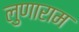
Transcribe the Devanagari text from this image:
लुणाराम